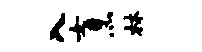
入女烹林